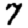
Digit: 7